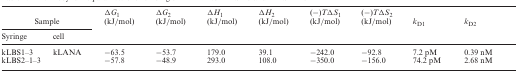
| <COLSPAN=2> Sample | ΔG1 (kJ/mol) | ΔG2 (kJ/mol) | ΔH1 (kJ/mol) | ΔH2 (kJ/mol) | (−)TΔS1 (kJ/mol) | (−)TΔS2 (kJ/mol) | kD1 | kD2 |
 | Syringe | cell |  |  |  |  |  |  |  |  |
 | --- | --- | --- | --- | --- | --- | --- | --- | --- | --- |
 | kLBS1–3 | kLANA | −63.5 | −53.7 | 179.0 | 39.1 | −242.0 | −92.8 | 7.2 pM | 0.39 nM |
 | kLBS2–1–3 |  | −57.8 | −48.9 | 293.0 | 108.0 | −350.0 | −156.0 | 74.2 pM | 2.68 nM |